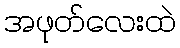
အဖုတ်လေးထဲ